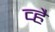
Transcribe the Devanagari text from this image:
व्है